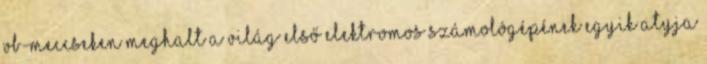
vb-meccseken Meghalt a világ első elektromos számológépének egyik atyja